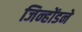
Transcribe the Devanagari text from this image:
जिन्होंडने